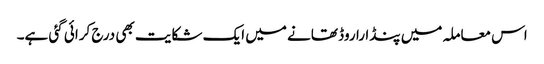
اس معاملہ میں پنڈارا روڈ تھانے میں ایک شکایت بھی درج کرائی گئی ہے۔